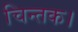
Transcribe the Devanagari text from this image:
चिन्तक।